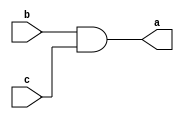
//-- Miller - 449048
//-- Arquitetura de Coputadores
//-- Professor Theldo
//-- Guia 03
//-- Exercicio 3

//-- Modulos
module S1 ( output[1:0]a,
            input[1:0]b,
            input[1:0]c );
				
assign a = b & c;
endmodule

module S2 ( output[1:0]d,
            input[1:0]e,
            input[1:0]f );
				
assign d = e & f;
endmodule

module S3 ( output[1:0]g,
            input[1:0]h,
            input[1:0]i );
				
assign g = h & i;
endmodule

module S4 ( output[1:0]j,
            input[1:0]k,
            input[1:0]l );
				
assign j = k & l;
endmodule

module S5 ( output[1:0]m,
            input[1:0]n,
            input[1:0]o );
				
assign m = n & o;
endmodule

module S6 ( output[1:0]p,
            input[1:0]q,
            input[1:0]r );
				
assign p = q | r;
endmodule

module S7 ( output[1:0]s,
            input[1:0]t,
            input[1:0]u );
				
assign s = t | u;
endmodule

module S8 ( output[1:0]s,
            input[1:0]t,
            input[1:0]u );
				
assign s = t & u;
endmodule



module exec3;

reg	[1:0] a;//-- Entrada A
reg	[1:0] b;//-- Entrada B
reg	[1:0] c;//-- Chave 00/11
wire	[1:0] d;
wire	[1:0] e;
wire	[1:0] f;
wire	[1:0] g;
wire	[1:0] h;
wire	[1:0] i;
wire	[1:0] j;
wire	[1:0] k;

S7 modulo7(d, a, b);//-- OR
S1 modulo1(e, a, b);//-- AND

S2 modulo2(f, ~d, c);//-- AND
S3 modulo3(g, ~e, c);//-- AND


S4 modulo4(h, a, b);//-- AND
S5 modulo5(i, h, ~c);//-- AND

S6 modulo6(j, a, b);//-- OR
S8 modulo8(k, j, ~c);//-- AND

initial begin:start
c=2'b11; a=00; b=00;
end

initial begin 
$display("Miller - 449048"); 
$display("Guia 3 - Exercicio 3");
$display("Teste: Chave 11 = Grupo NOR e NAND");
$display("");
$monitor(" Entradas( %b | %b ) = NAND = %b , NOR = %b", a, b, f, g );

#1	a=2'b00; b=2'b01;
#1	a=2'b10; b=2'b01;
#1	a=2'b01; b=2'b01;
#1	a=2'b10; b=2'b00;
#1	a=2'b00; b=2'b11;
#1	a=2'b11; b=2'b01;
#1	a=2'b10; b=2'b10;
#1	a=2'b11; b=2'b11;
#1

$display("");
$display("Teste: Chave 00 = Grupo OR e AND");
$display("");
#2	c=2'b00; a=00; b=00;
$monitor(" Entradas( %b | %b ) = AND = %b , OR = %b", a, b, i, k );

#2	a=2'b00; b=2'b01;
#2	a=2'b10; b=2'b01;
#2	a=2'b01; b=2'b01;
#2	a=2'b10; b=2'b00;
#2	a=2'b00; b=2'b11;
#2	a=2'b11; b=2'b01;
#2	a=2'b10; b=2'b10;
#2	a=2'b11; b=2'b11;

end
endmodule